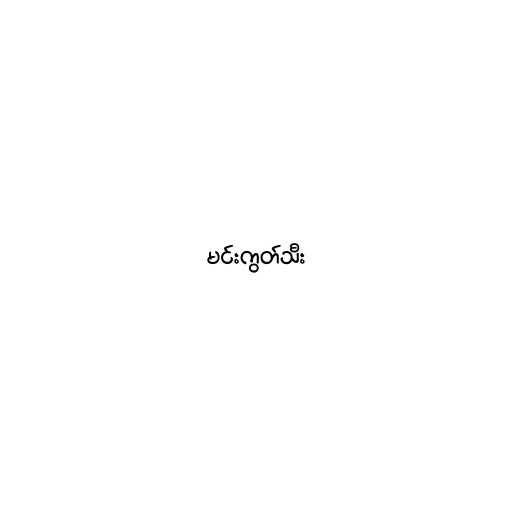
မင်းကွတ်သီး